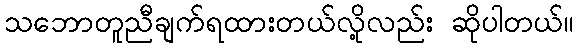
သဘောတူညီချက်ရထားတယ်လို့လည်း ဆိုပါတယ်။